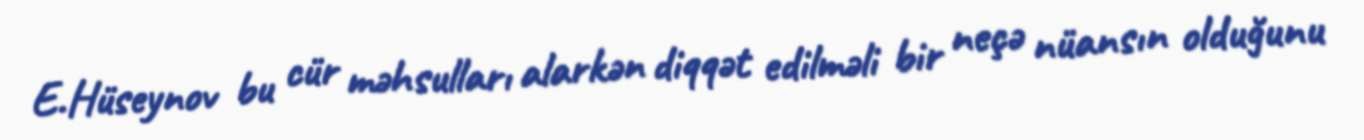
E.Hüseynov bu cür məhsulları alarkən diqqət edilməli bir neçə nüansın olduğunu